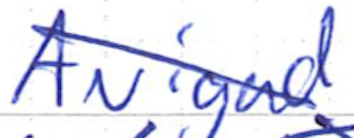
Text: Avigad
Cross-out: diagonal
Writing tool: ballpoint